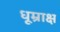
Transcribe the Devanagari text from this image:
धूम्राक्ष